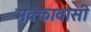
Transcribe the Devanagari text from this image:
मक्कावासी